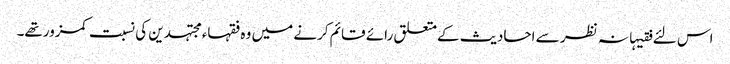
اس لئے فقیہانہ نظر سے احادیث کےمتعلق رائے قائم کرنے میں وہ فقہاء مجتہدین کی نسبت کمزورتھے۔